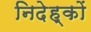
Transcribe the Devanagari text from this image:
निदेह्कों